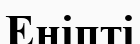
Еніпті